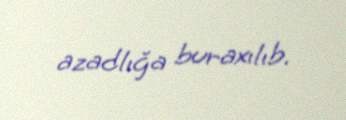
azadlığa buraxılıb.